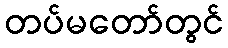
တပ်မတော်တွင်